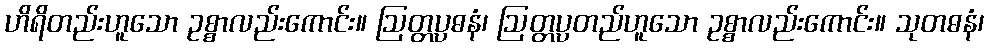
ဟိရိတည်းဟူသော ဥစ္စာလည်းကောင်း။ ဩတ္တပ္ပဓနံ၊ ဩတ္တပ္ပတည်ဟူသော ဥစ္စာလည်းကောင်း။ သုတဓနံ၊